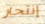
إنتحار